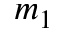
m _ { 1 }